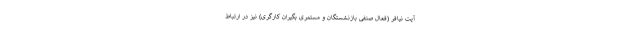
آیت نیافر (فعال صنفی بازنشستگان و مستمری بگیران کارگری) نیز در ارتباط